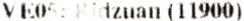
VE05: RIDZUAN (11900)